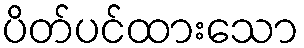
ပိတ်ပင်ထားသော